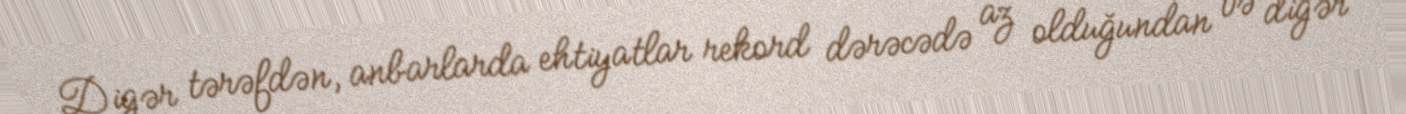
Digər tərəfdən, anbarlarda ehtiyatlar rekord dərəcədə az olduğundan və digər